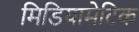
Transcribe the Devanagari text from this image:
मिडियामेटिक